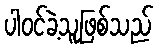
ပါဝင်ခဲ့သူဖြစ်သည်